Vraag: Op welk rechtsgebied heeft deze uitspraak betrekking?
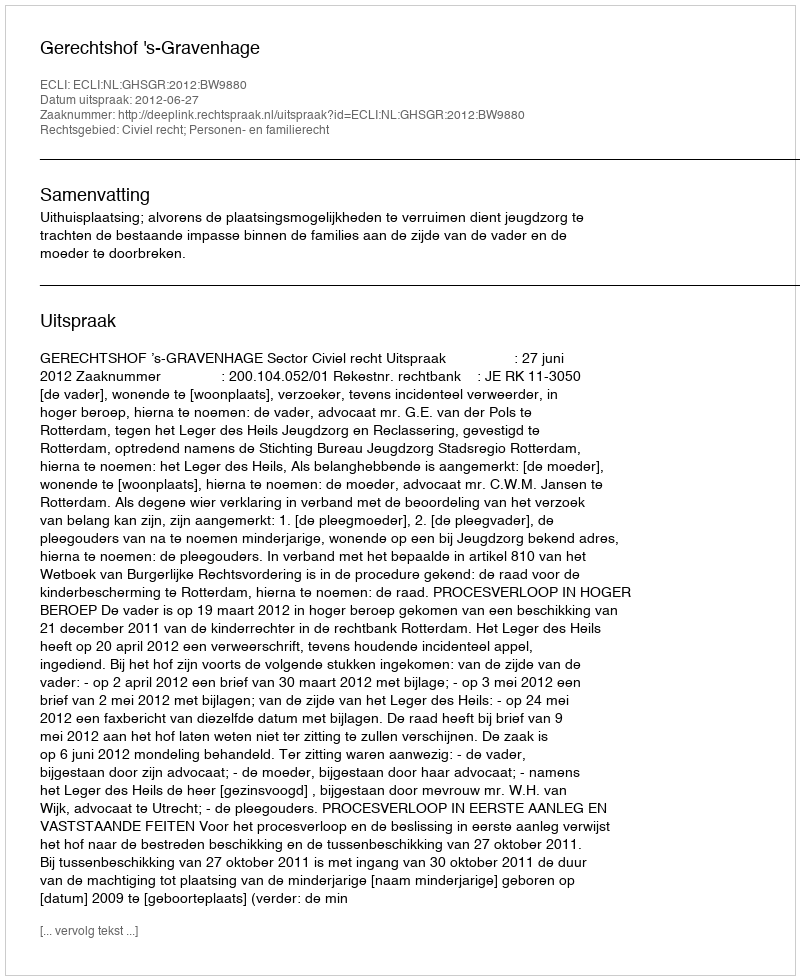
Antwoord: Civiel recht; Personen- en familierecht